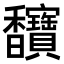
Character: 𫘄